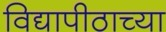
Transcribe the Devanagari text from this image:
विद्यापीठाच्‍या